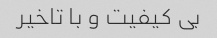
بی کیفیت و با تاخیر